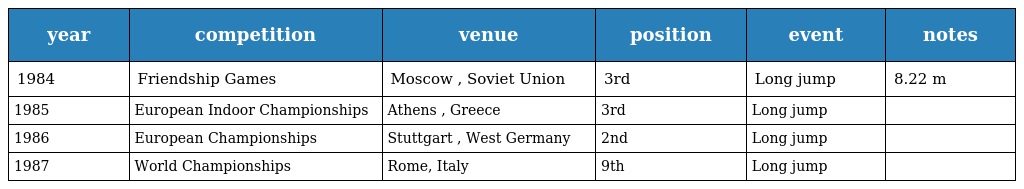
| year | competition | venue | position | event | notes |
 | --- | --- | --- | --- | --- | --- |
 | 1984 | Friendship Games | Moscow , Soviet Union | 3rd | Long jump | 8.22 m |
 | 1985 | European Indoor Championships | Athens , Greece | 3rd | Long jump |  |
 | 1986 | European Championships | Stuttgart , West Germany | 2nd | Long jump |  |
 | 1987 | World Championships | Rome, Italy | 9th | Long jump |  |